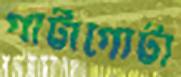
গাট্টাগোট্টা